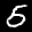
Label: 5